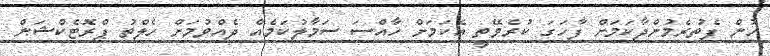
ހުން ފެތުރެމުންދާކަމަށް ފާހަގަ ކުރެވޭތީ އެކަމަށް ހާއްސަ ސަމާލުކަމެއް ދެއްވުމަށް ހެލްތު ޕްރޮޓެކްޝަން